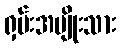
ရှမ်းအမျိုးသား